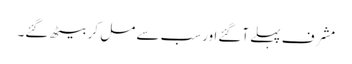
مشرف پہلے آگئےاورسب سے مل کر بیٹھ گئے۔